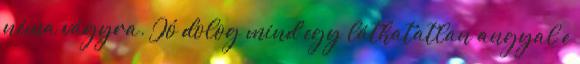
néma vágyra. Jó dolog mind egy láthatatlan angyal e